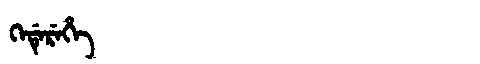
Manchu: ᡴᡝᡩᡝᡵᡝᡥᡝ
Romanization: KEDEREHE